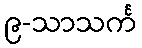
၉-သာသင်္က